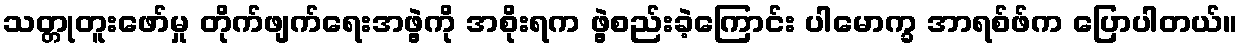
သတ္တုတူးဖော်မှု တိုက်ဖျက်ရေးအဖွဲ့ကို အစိုးရက ဖွဲ့စည်းခဲ့ကြောင်း ပါမောက္ခ အာရစ်ဖ်က ပြောပါတယ်။